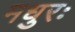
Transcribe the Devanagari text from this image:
मधुरः